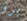
برو